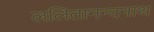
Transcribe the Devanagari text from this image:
ललितानन्दनाथ